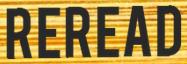
REREAD